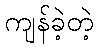
ကျန်ခဲ့တဲ့